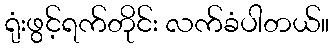
ရုံးဖွင့်ရက်တိုင်း လက်ခံပါတယ်။